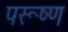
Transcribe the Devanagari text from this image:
परूष्ण